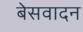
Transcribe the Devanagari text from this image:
बेसवादन